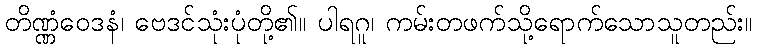
တိဏ္ဏံဝေဒနံ၊ ဗေဒင်သုံးပုံတို့၏။ ပါရဂူ၊ ကမ်းတဖက်သို့ရောက်သောသူတည်း။